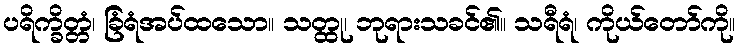
ပရိက္ခိတ္တံ၊ ခြံရံအပ်ထသော။ သတ္ထု၊ ဘုရားသခင်၏။ သရီရံ၊ ကိုယ်တော်ကို။